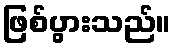
ဖြစ်ပွားသည်။